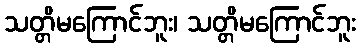
သတ္တိမကြောင်ဘူး၊ သတ္တိမကြောင်ဘူး